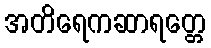
အတိရေကဆာရတ္တေ